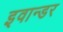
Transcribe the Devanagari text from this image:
इवान्डर